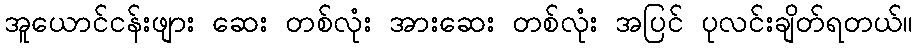
အူယောင်ငန်းဖျား ဆေး တစ်လုံး အားဆေး တစ်လုံး အပြင် ပုလင်းချိတ်ရတယ်။